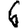
Digit: 6